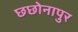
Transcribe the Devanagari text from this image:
छछोनापुर